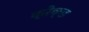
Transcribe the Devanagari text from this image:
क्रैक्ड